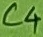
Text: C4